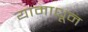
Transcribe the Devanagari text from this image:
यामाधून